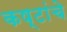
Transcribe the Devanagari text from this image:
कष्टांचे